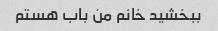
ببخشید خانم من باب هستم